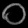
Digit: ၀